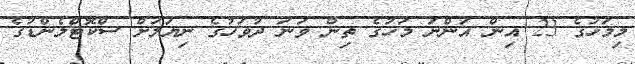
މިމަހުގެ 23 އިން އަންނަ މަހުގެ ތިން ވަނަ ދުވަހުގެ ނިޔަލަށް ސްކޮޓްލެންޑުގެ